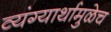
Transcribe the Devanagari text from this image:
व्यंग्यार्थामुळेच